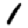
Digit: 1